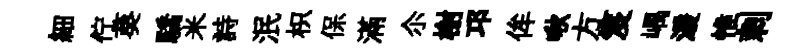
細佇葵驕米詩泯枳保滿尒榭邛侔啾方笈嵎湲惟剌